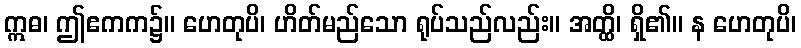
ဣဓ၊ ဤဧကက၌။ ဟေတုပိ၊ ဟိတ်မည်သော ရုပ်သည်လည်း။ အတ္ထိ၊ ရှိ၏။ န ဟေတုပိ၊